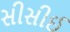
સીસીઈ